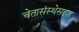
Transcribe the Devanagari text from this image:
चेतासंस्थेसदृश